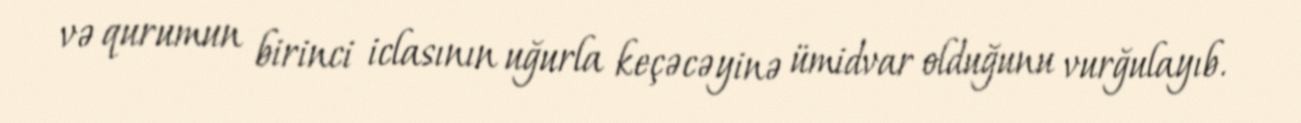
və qurumun birinci iclasının uğurla keçəcəyinə ümidvar olduğunu vurğulayıb.